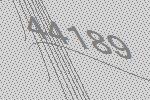
44189